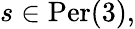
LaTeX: s\in{\mathrm{Per}}(3),